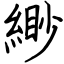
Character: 緲